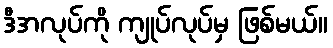
ဒီအလုပ်ကို ကျုပ်လုပ်မှ ဖြစ်မယ်။